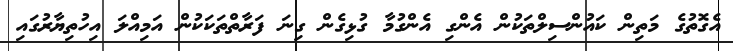
އެގޮތުގެ މަތިން ކައުންސިލްތަކުން އެންގި އެންގުމާ ގުޅިގެން ގިނަ ފަރާތްތަކަކުން އަމިއްލަ އިހުތިޔާރުގައި